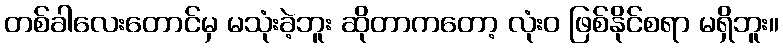
တစ်ခါလေးတောင်မှ မသုံးခဲ့ဘူး ဆိုတာကတော့ လုံးဝ ဖြစ်နိုင်စရာ မရှိဘူး။